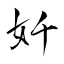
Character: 奷